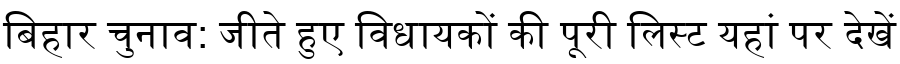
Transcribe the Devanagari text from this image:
बिहार चुनाव: जीते हुए विधायकों की पूरी लिस्ट यहां पर देखें